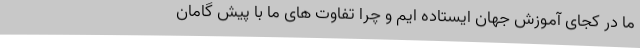
ما در کجای آموزش جهان ایستاده ایم و چرا تفاوت های ما با پیش گامان